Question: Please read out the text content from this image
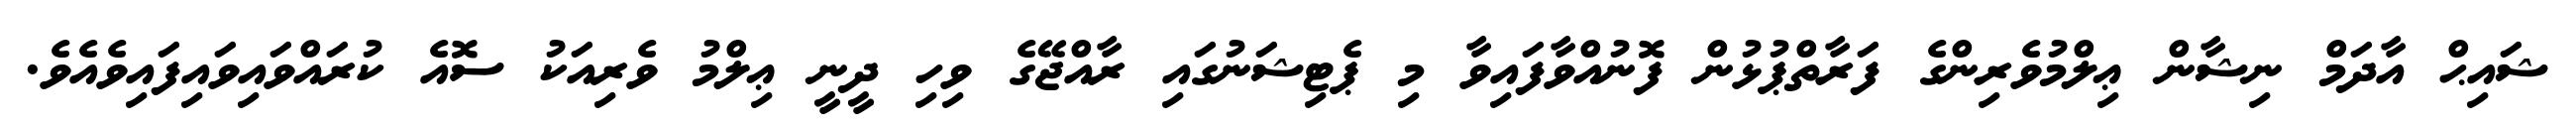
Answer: ޝައިޙް އާދަމް ނިޝާން ޢިލްމުވެރިންގެ ފަރާތްޕުޅުން ފޮނުއްވާފައިވާ މި ޕެޓިޝަނުގައި ރާއްޖޭގެ ވިހި ދީނީ ޢިލްމު ވެރިއަކު ސޮއެ ކުރައްވައިވައިފައިވެއެވެ.